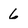
Character: 6